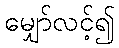
မျှော်လင့်၍